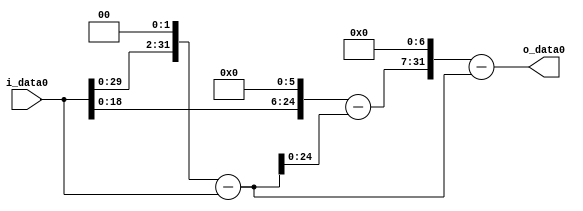
module multiplier_block (
    i_data0,
    o_data0
);

  // Port mode declarations:
  input   [31:0] i_data0;
  output  [31:0]
    o_data0;

  //Multipliers:

  wire [31:0]
    w1,
    w4,
    w3,
    w64,
    w61,
    w7808,
    w7805;

  assign w1 = i_data0;
  assign w3 = w4 - w1;
  assign w4 = w1 << 2;
  assign w61 = w64 - w3;
  assign w64 = w1 << 6;
  assign w7805 = w7808 - w3;
  assign w7808 = w61 << 7;

  assign o_data0 = w7805;

  //multiplier_block area estimate = 5006.23186995147;
endmodule